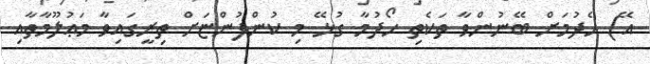
އޭ) ހެދުމަށް ބޭނުންވާ ތަކެތި ހޯދުމާ ގުޅޭ މި ކުންފުންޏަށް ތިރީގައިވާ މަޢުލޫމާތާއި